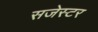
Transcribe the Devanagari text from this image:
सजेस्टर